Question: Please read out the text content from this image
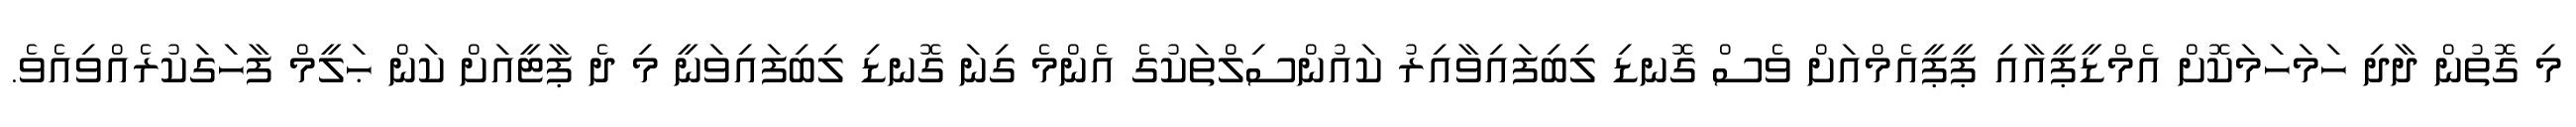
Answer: މި ގޮތުން ދާދި ހަމަހަމަކޮށް އެމްޑީޕީއާއި ޕީޕީއެމްއަށް ވެސް ގޮނޑި ލިބިފައިވާއިރު ކައުންސިލްތަކުގެ އެންމެ ގިނަ ގޮނޑި ލިބިފައިވަނީ މި ދެ ޕާޓީއަށް ކަން ޙަލީމް ފާހަގަކުރެއްވިއެވެ.